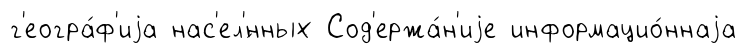
г'еогра́ф'иjа нас'ел'́нных Сод'ержа́н'иjе информацио́ннаjа